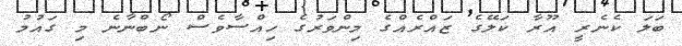
ބަލަ ކެނެރީ އޫރާ ކަލޭގެ ޒައްރެއްގެ މިންވަރުގެ ހިއްސާވެސް ނޯބްނާނެ މި ގައުމު